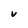
Character: V